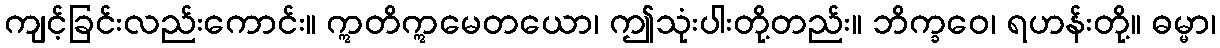
ကျင့်ခြင်းလည်းကောင်း။ ဣတိဣမေတယော၊ ဤသုံးပါးတို့တည်း။ ဘိက္ခဝေ၊ ရဟန်းတို့။ ဓမ္မာ၊